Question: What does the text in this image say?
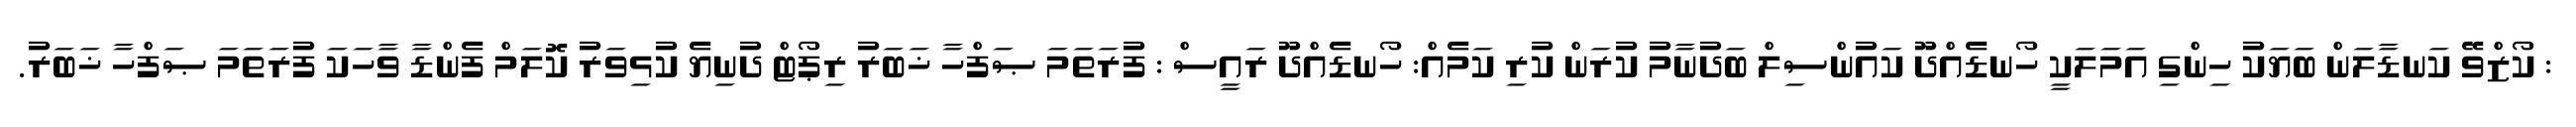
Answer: : ކޯޒްވޭ ކަނޑާލަން ބަޔަކު ހިންގި އަމަލަކީ ހޯނޑެއްދޫ ކައުންސިލް ބަދުނާމު ކުރަން ކުރި ކަމެއް: ހޯނޑެއްދޫ ރައީސް : ފުރަތަމަ ޞަފްހާ ޚަބަރު ރިޕޯޓް ދުނިޔެ ކުޅިވަރު ކޮލަމް ފެންޑާ ވާހަކަ ފުރަތަމަ ޞަފްހާ ޚަބަރު.